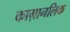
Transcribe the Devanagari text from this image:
काग़ानलिक